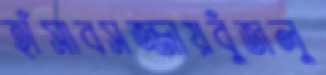
হাঁসাবসজ্জায়বুঁজলু